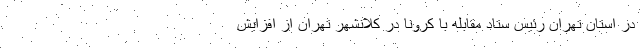
در استان تهران رئیس ستاد مقابله با کرونا در کلانشهر تهران از افزایش